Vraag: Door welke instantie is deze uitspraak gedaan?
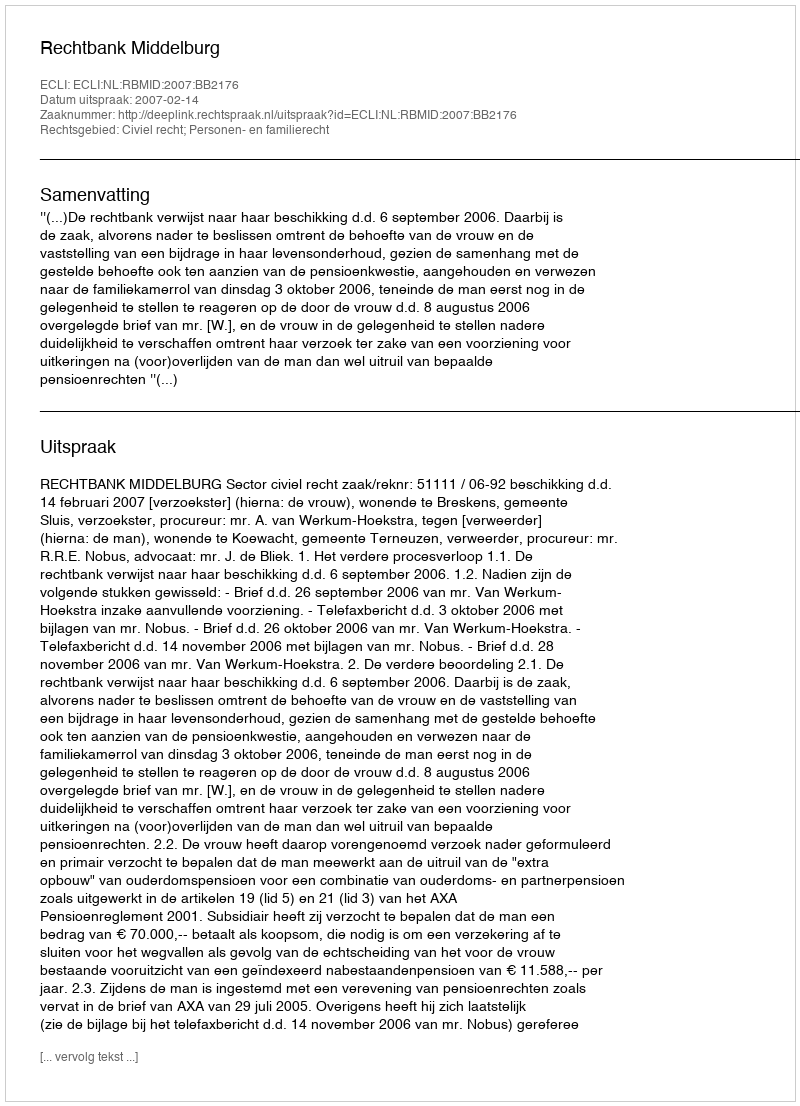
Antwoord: Rechtbank Middelburg